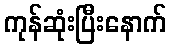
ကုန်ဆုံးပြီးနောက်